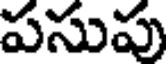
పసుపు